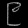
Digit: ၉